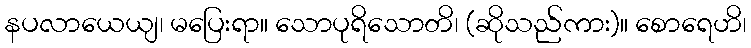
နပလာယေယျ၊ မပြေးရာ။ သောပုရိသောတိ၊ (ဆိုသည်ကား)။ စောရေဟိ၊